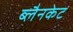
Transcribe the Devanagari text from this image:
ब्लैनकेट